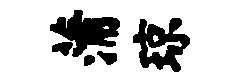
蒲琼